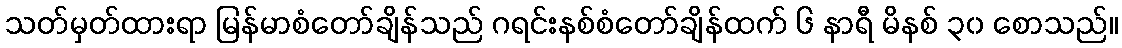
သတ်မှတ်ထားရာ မြန်မာစံတော်ချိန်သည် ဂရင်းနစ်စံတော်ချိန်ထက် ၆ နာရီ မိနစ် ၃၀ စောသည်။